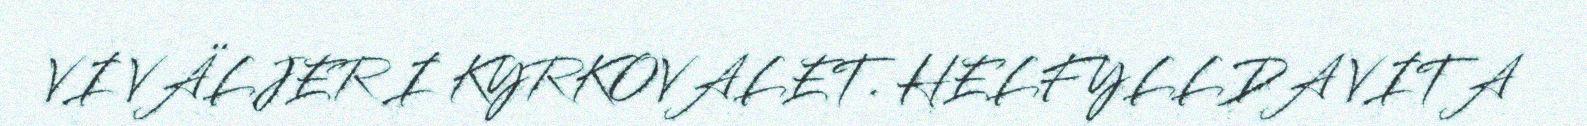
VI VÄLJER I KYRKOVALET. HELFYLLDA VITA